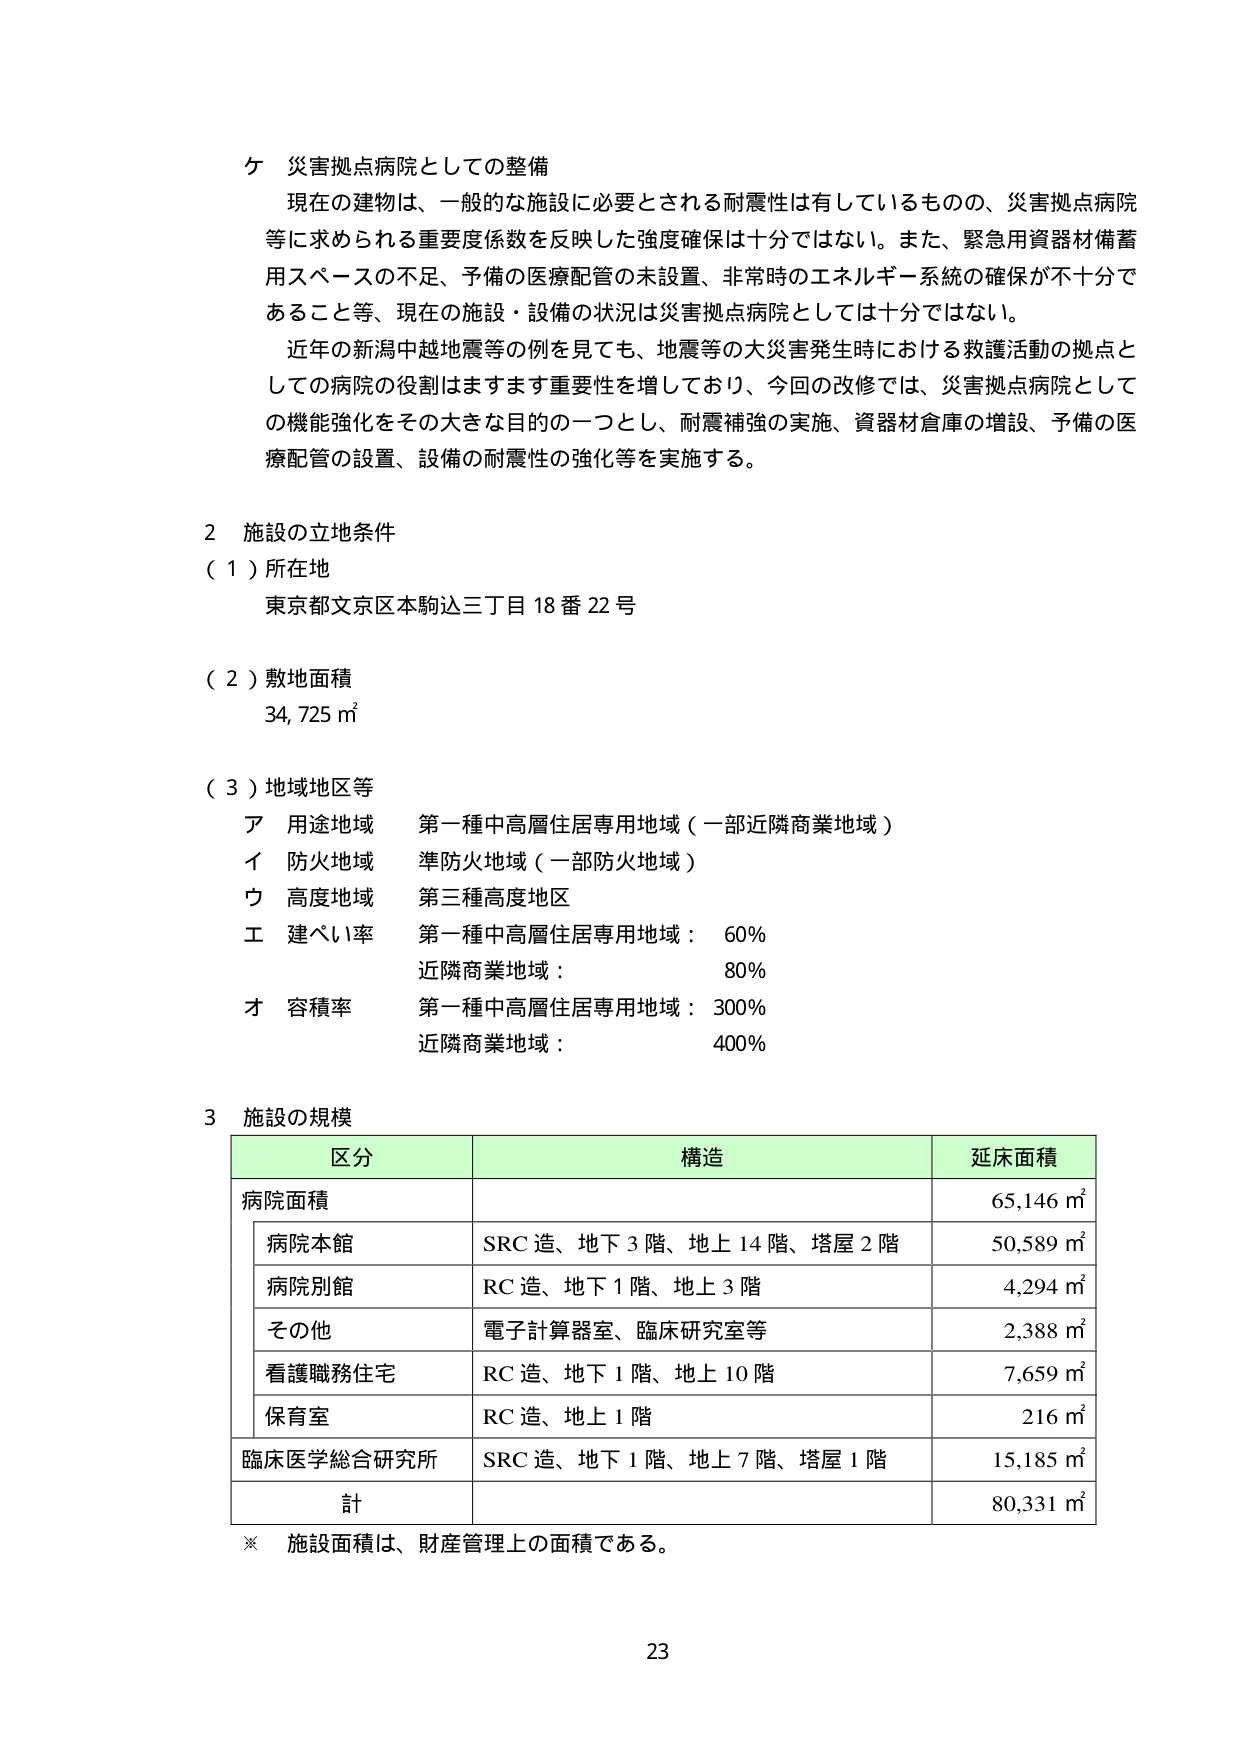
ケ 災害拠点病院としての整備
現在の建物は、一般的な施設に必要とされる耐震性は有しているものの、災害拠点病院等に求められる重要度係数を反映した強度確保は十分ではない。また、緊急用資器材備蓄用スペースの不足、予備の医療配管の未設置、非常時のエネルギー系統の確保が不十分であること等、現在の施設・設備の状況は災害拠点病院としては十分ではない。
近年の新潟中越地震等の例を見ても、地震等の大災害発生時における救護活動の拠点としての病院の役割はますます重要性を増しており、今回の改修では、災害拠点病院としての機能強化をその大きな目的の一つとし、耐震補強の実施、資器材倉庫の増設、予備の医療配管の設置、設備の耐震性の強化等を実施する。

2 施設の立地条件
（1）所在地
東京都文京区本駒込三丁目18番22号

（2）敷地面積
34,725㎡

（3）地域地区等
ア 用途地域 第一種中高層住居専用地域（一部近隣商業地域）
イ 防火地域 準防火地域（一部防火地域）
ウ 高度地域 第三種高度地区
エ 建ぺい率 第一種中高層住居専用地域：60%
　　　　　　近隣商業地域：80%
オ 容積率 第一種中高層住居専用地域：300%
　　　　　　近隣商業地域：400%

3 施設の規模
区 分　　　　　　　構造　　　　　　　　　延床面積
病院面積　　　　　　　　　　　　　　　　65,146㎡
　病院本館　　　SRC造、地下3階、地上14階、塔屋2階　　50,589㎡
　病院別館　　　RC造、地下1階、地上3階　　　　　　4,294㎡
　その他　　　　電子計算器室、臨床研究室等　　　　2,388㎡
　看護職務住宅　RC造、地下1階、地上10階　　　　　7,659㎡
　保育室　　　　RC造、地上1階　　　　　　　　　　216㎡
臨床医学総合研究所　SRC造、地下1階、地上7階、塔屋1階　15,185㎡
計　　　　　　　　　　　　　　　　　　80,331㎡
※ 施設面積は、財産管理上の面積である。

23